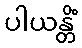
ပါယန္တိံ